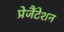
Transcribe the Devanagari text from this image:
प्रेजैंटेशन